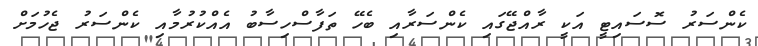
ކެންސަރު ސޮސައިޓީ އަކީ ރާއްޖޭގައި ކެންސަރާއި ބެހޭ ތަފާސްހިސާބު އެއްކުރުމާއި ކެންސަރު ޖެހުމަށް